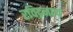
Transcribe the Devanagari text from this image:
रविद्रनाथ